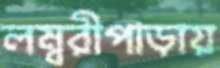
লম্বরীপাড়ায়